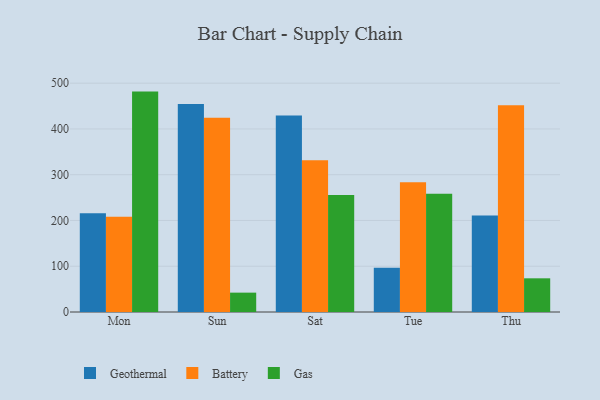
{"axis": {"x": "Day", "y": "Backlog"}, "legend": ["Battery", "Gas", "Geothermal"], "data": [{"x": "Mon", "y": 215.6, "type": "Geothermal"}, {"x": "Mon", "y": 207.9, "type": "Battery"}, {"x": "Mon", "y": 481.6, "type": "Gas"}, {"x": "Sun", "y": 454.7, "type": "Geothermal"}, {"x": "Sun", "y": 424.6, "type": "Battery"}, {"x": "Sun", "y": 42.3, "type": "Gas"}, {"x": "Sat", "y": 429.2, "type": "Geothermal"}, {"x": "Sat", "y": 331.5, "type": "Battery"}, {"x": "Sat", "y": 255.4, "type": "Gas"}, {"x": "Tue", "y": 96.9, "type": "Geothermal"}, {"x": "Tue", "y": 283.7, "type": "Battery"}, {"x": "Tue", "y": 258.2, "type": "Gas"}, {"x": "Thu", "y": 210.7, "type": "Geothermal"}, {"x": "Thu", "y": 451.7, "type": "Battery"}, {"x": "Thu", "y": 73.6, "type": "Gas"}]}